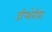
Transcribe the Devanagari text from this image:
डीप्थेरीया